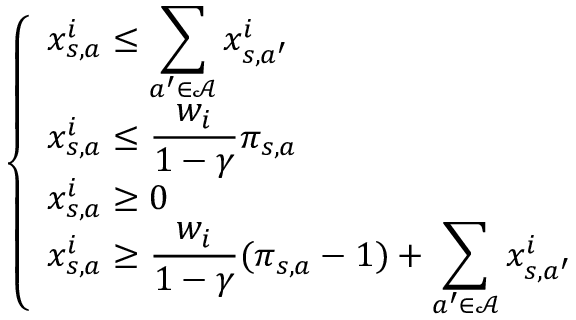
\left\{ \begin{array} { l l } { \displaystyle x _ { s , a } ^ { i } \leq \sum _ { a ^ { \prime } \in \mathcal { A } } x _ { s , a ^ { \prime } } ^ { i } } \\ { \displaystyle x _ { s , a } ^ { i } \leq \frac { w _ { i } } { 1 - \gamma } \pi _ { s , a } } \\ { \displaystyle x _ { s , a } ^ { i } \geq 0 } \\ { \displaystyle x _ { s , a } ^ { i } \geq \frac { w _ { i } } { 1 - \gamma } ( \pi _ { s , a } - 1 ) + \sum _ { a ^ { \prime } \in \mathcal { A } } x _ { s , a ^ { \prime } } ^ { i } } \end{array} \right.